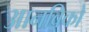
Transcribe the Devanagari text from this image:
आनविको